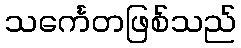
သင်္ကေတဖြစ်သည်